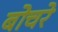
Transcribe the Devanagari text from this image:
बोचरे